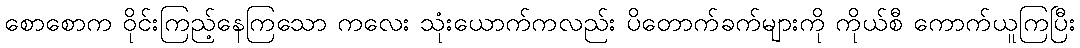
စောစောက ဝိုင်းကြည့်နေကြသော ကလေး သုံးယောက်ကလည်း ပိတောက်ခက်များကို ကိုယ်စီ ကောက်ယူကြပြီး